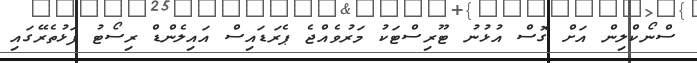
ސްނޯކްލިން އަށް ގޮސް އުޅުނު ޓޫރިސްޓަކު މަރުވެއްޖެ ޕެރަޑައިސް އައިލެންޑް ރިސޯޓު ފަޅުތެރޭގައި